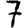
Digit: 7